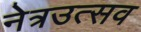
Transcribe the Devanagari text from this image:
नेत्रउत्सव